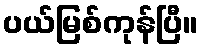
ပယ်မြစ်ကုန်ပြီ။